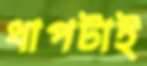
ধাপটাই